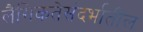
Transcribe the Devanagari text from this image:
लैंगिकतेसंदर्भातील